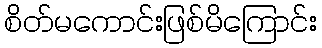
စိတ်မကောင်းဖြစ်မိကြောင်း